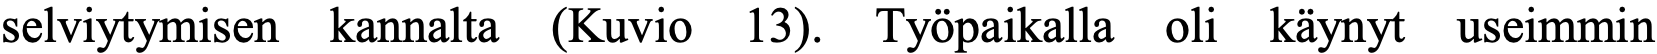
selviytymisen kannalta (Kuvio 13). Työpaikalla oli käynyt useimmin